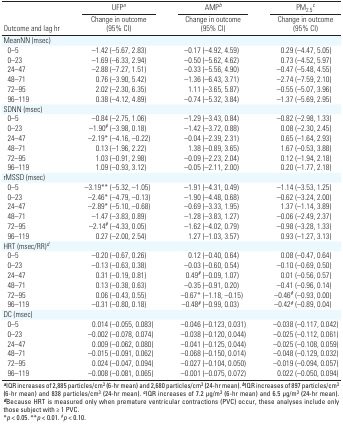
<table><thead><tr><td colspan="2"><b>UFP<sup>a</sup></b></td><td colspan="2"><b>AMP<sup>b</sup></b></td><td colspan="2"><b>PM<sub>2.5</sub><sup>c</sup></b></td></tr><tr><td><b>Outcome and lag hr </b></td><td colspan="2"><b>Change in outcome (95% CI)</b></td><td colspan="2"><b>Change in outcome (95% CI)</b></td><td colspan="2"><b>Change in outcome (95% CI)</b></td></tr></thead><tbody><tr><td>MeanNN (msec)</td><td></td><td></td><td></td><td></td><td></td><td></td><td></td><td></td><td></td></tr><tr><td>0–5</td><td></td><td>–1.42</td><td>(–5.67, 2.83)</td><td></td><td>–0.17</td><td>(–4.92, 4.59)</td><td></td><td>0.29</td><td>(–4.47, 5.05)</td></tr><tr><td>0–23</td><td></td><td>–1.69</td><td>(–6.33, 2.94)</td><td></td><td>–0.50</td><td>(–5.62, 4.62)</td><td></td><td>0.73</td><td>(–4.52, 5.97)</td></tr><tr><td>24–47</td><td></td><td>–2.88</td><td>(–7.27, 1.51)</td><td></td><td>–0.33</td><td>(–5.56, 4.90)</td><td></td><td>–0.47</td><td>(–5.48, 4.55)</td></tr><tr><td>48–71</td><td></td><td>0.76</td><td>(–3.90, 5.42)</td><td></td><td>–1.36</td><td>(–6.43, 3.71)</td><td></td><td>–2.74</td><td>(–7.59, 2.10)</td></tr><tr><td>72–95</td><td></td><td>2.02</td><td>(–2.30, 6.35)</td><td></td><td>1.11</td><td>(–3.65, 5.87)</td><td></td><td>–0.55</td><td>(–5.07, 3.96)</td></tr><tr><td>96–119</td><td></td><td>0.38</td><td>(–4.12, 4.89)</td><td></td><td>–0.74</td><td>(–5.32, 3.84)</td><td></td><td>–1.37</td><td>(–5.69, 2.95)</td></tr><tr><td>SDNN (msec)</td><td></td><td></td><td></td><td></td><td></td><td></td><td></td><td></td><td></td></tr><tr><td>0–5</td><td></td><td>–0.84</td><td>(–2.75, 1.06)</td><td></td><td>–1.29</td><td>(–3.43, 0.84)</td><td></td><td>–0.82</td><td>(–2.98, 1.33)</td></tr><tr><td>0–23</td><td></td><td>–1.90#</td><td>(–3.98, 0.18)</td><td></td><td>–1.42</td><td>(–3.72, 0.88)</td><td></td><td>0.08</td><td>(–2.30, 2.45)</td></tr><tr><td>24–47</td><td></td><td>–2.19*</td><td>(–4.16, –0.22)</td><td></td><td>–0.04</td><td>(–2.39, 2.31)</td><td></td><td>0.65</td><td>(–1.64, 2.93)</td></tr><tr><td>48–71</td><td></td><td>0.13</td><td>(–1.96, 2.22)</td><td></td><td>1.38</td><td>(–0.89, 3.65)</td><td></td><td>1.67</td><td>(–0.53, 3.88)</td></tr><tr><td>72–95</td><td></td><td>1.03</td><td>(–0.91, 2.98)</td><td></td><td>–0.09</td><td>(–2.23, 2.04)</td><td></td><td>0.12</td><td>(–1.94, 2.18)</td></tr><tr><td>96–119</td><td></td><td>1.09</td><td>(–0.93, 3.12)</td><td></td><td>–0.05</td><td>(–2.11, 2.00)</td><td></td><td>0.20</td><td>(–1.77, 2.18)</td></tr><tr><td>rMSSD (msec)</td><td></td><td></td><td></td><td></td><td></td><td></td><td></td><td></td><td></td></tr><tr><td>0–5</td><td></td><td>–3.19**</td><td>(–5.32, –1.05)</td><td></td><td>–1.91</td><td>(–4.31, 0.49)</td><td></td><td>–1.14</td><td>(–3.53, 1.25)</td></tr><tr><td>0–23</td><td></td><td>–2.46*</td><td>(–4.79, –0.13)</td><td></td><td>–1.90</td><td>(–4.48, 0.68)</td><td></td><td>–0.62</td><td>(–3.24, 2.00)</td></tr><tr><td>24–47</td><td></td><td>–2.89*</td><td>(–5.10, –0.68)</td><td></td><td>–0.69</td><td>(–3.33, 1.95)</td><td></td><td>1.37</td><td>(–1.14, 3.89)</td></tr><tr><td>48–71</td><td></td><td>–1.47</td><td>(–3.83, 0.89)</td><td></td><td>–1.28</td><td>(–3.83, 1.27)</td><td></td><td>–0.06</td><td>(–2.49, 2.37)</td></tr><tr><td>72–95</td><td></td><td>–2.14#</td><td>(–4.33, 0.05)</td><td></td><td>–1.62</td><td>(–4.02, 0.79)</td><td></td><td>–0.98</td><td>(–3.28, 1.33)</td></tr><tr><td>96–119</td><td></td><td>0.27</td><td>(–2.00, 2.54)</td><td></td><td>1.27</td><td>(–1.03, 3.57)</td><td></td><td>0.93</td><td>(–1.27, 3.13)</td></tr><tr><td>HRT (msec/RR)d</td><td></td><td></td><td></td><td></td><td></td><td></td><td></td><td></td><td></td></tr><tr><td>0–5</td><td></td><td>–0.20</td><td>(–0.67, 0.26)</td><td></td><td>0.12</td><td>(–0.40, 0.64)</td><td></td><td>0.08</td><td>(–0.47, 0.64)</td></tr><tr><td>0–23</td><td></td><td>–0.13</td><td>(–0.63, 0.38)</td><td></td><td>–0.03</td><td>(–0.60, 0.54)</td><td></td><td>–0.10</td><td>(–0.69, 0.50)</td></tr><tr><td>24–47</td><td></td><td>0.31</td><td>(–0.19, 0.81)</td><td></td><td>0.49#</td><td>(–0.09, 1.07)</td><td></td><td>0.01</td><td>(–0.56, 0.57)</td></tr><tr><td>48–71</td><td></td><td>0.13</td><td>(–0.38, 0.63)</td><td></td><td>–0.35</td><td>(–0.91, 0.20)</td><td></td><td>–0.41</td><td>(–0.96, 0.14)</td></tr><tr><td>72–95</td><td></td><td>0.06</td><td>(–0.43, 0.55)</td><td></td><td>–0.67*</td><td>(–1.18, –0.15)</td><td></td><td>–0.46#</td><td>(–0.93, 0.00)</td></tr><tr><td>96–119</td><td></td><td>–0.31</td><td>(–0.80, 0.18)</td><td></td><td>–0.48#</td><td>(–0.99, 0.03)</td><td></td><td>–0.42#</td><td>(–0.89, 0.04)</td></tr><tr><td>DC (msec)</td><td></td><td></td><td></td><td></td><td></td><td></td><td></td><td></td><td></td></tr><tr><td>0–5</td><td></td><td>0.014</td><td>(–0.055, 0.083)</td><td></td><td>–0.046</td><td>(–0.123, 0.031)</td><td></td><td>–0.038</td><td>(–0.117, 0.042)</td></tr><tr><td>0–23</td><td></td><td>–0.002</td><td>(–0.078, 0.074)</td><td></td><td>–0.038</td><td>(–0.120, 0.044)</td><td></td><td>–0.025</td><td>(–0.112, 0.061)</td></tr><tr><td>24–47</td><td></td><td>0.009</td><td>(–0.062, 0.080)</td><td></td><td>–0.041</td><td>(–0.125, 0.044)</td><td></td><td>–0.025</td><td>(–0.108, 0.059)</td></tr><tr><td>48–71</td><td></td><td>–0.015</td><td>(–0.091, 0.062)</td><td></td><td>–0.068</td><td>(–0.150, 0.014)</td><td></td><td>–0.048</td><td>(–0.129, 0.032)</td></tr><tr><td>72–95</td><td></td><td>0.024</td><td>(–0.047, 0.094)</td><td></td><td>–0.027</td><td>(–0.104, 0.050)</td><td></td><td>–0.019</td><td>(–0.094, 0.057)</td></tr><tr><td>96–119</td><td></td><td>–0.008</td><td>(–0.081, 0.065)</td><td></td><td>–0.001</td><td>(–0.075, 0.072)</td><td></td><td>0.022</td><td>(–0.050, 0.094)</td></tr><tr><td colspan="10">aIQR increases of 2,885 particles/cm3 (6-hr mean) and 2,680particles/cm3 (24-hr mean). bIQR increases of 897 particles/cm3 (6-hrmean) and 838 particles/cm3 (24-hr mean). cIQR increases of 7.2 μg/m3(6-hr mean) and 6.5 μg/m3 (24-hr mean). dBecause HRT is measured onlywhen premature ventricular contractions (PVC) occur, these analysesinclude only those subject with ≥ 1 PVC. *p &lt; 0.05. **p &lt; 0.01. #p&lt; 0.10.</td></tr></tbody></table>